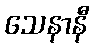
သေနာနီ